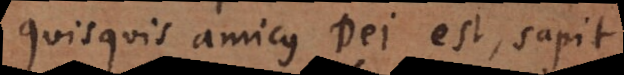
Quisquis amicus Dei est, sapit.